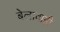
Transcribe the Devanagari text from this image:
बेलावाड़ी